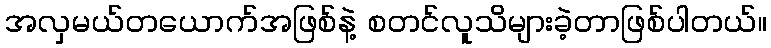
အလှမယ်တယောက်အဖြစ်နဲ့ စတင်လူသိများခဲ့တာဖြစ်ပါတယ်။